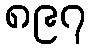
၈၉၇